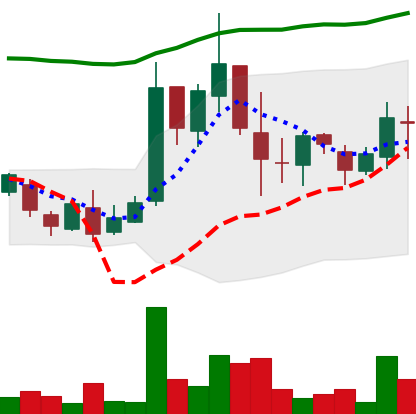
Ticker: LTC-USD
Chart end date: 2017-03-25
Forward return: 71.488%
Label: up_7plus